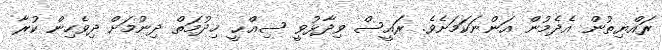
ރައްޔިތުން އެދެމުން އަންނަކަމަށެވެ. ރައީސް ވިދާޅުވީ ސިއްޙީ ޚިދުމަތް ދިނުމަށް ދިވެހިން ކުރާ